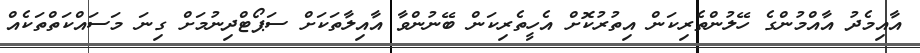
އާއިމެދު އާއްމުންގެ ހޭލުންތެރިކަން އިތުރުކޮށް އެހީތެރިކަން ބޭނުންވާ އާއިލާތަކަށް ސަޕޯޓްދިނުމަށް ގިނަ މަސައްކަތްތަކެއް